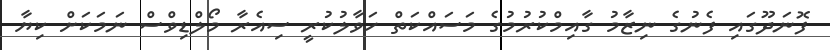
ފޮނަދޫގައި ފެނުގެ ނިޒާމު ގާއިމްކުރުމުގެ މަސައްކަތް ހަވާލުކުރީ ސިއެރާ މޯލްޑިވްސް ނަމަކަށް ކިޔާ